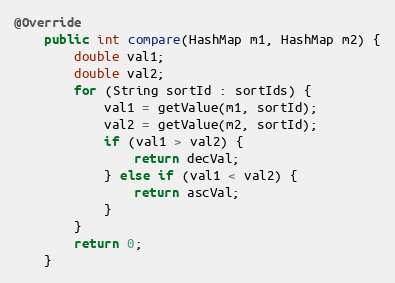
Language: Java
@Override
    public int compare(HashMap m1, HashMap m2) {
        double val1;
        double val2;
        for (String sortId : sortIds) {
            val1 = getValue(m1, sortId);
            val2 = getValue(m2, sortId);
            if (val1 > val2) {
                return decVal;
            } else if (val1 < val2) {
                return ascVal;
            }
        }
        return 0;
    }